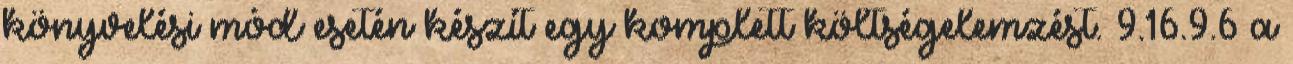
könyvelési mód esetén készít egy komplett költségelemzést. 9.16.9.6 a